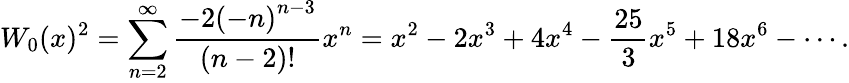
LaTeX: W_{0}(x)^{2}=\sum_{n=2}^{\infty}{\frac{-2\left(-n\right)^{n-3}}{(n-2)!}}x^{n}=x^{2}-2x^{3}+4x^{4}-{\frac{25}{3}}x^{5}+18x^{6}-\cdots.